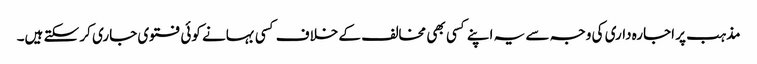
مذہب پر اجارہ داری کی وجہ سے یہ اپنے کسی بھی مخالف کے خلاف کسی بہانے کوئی فتوی جاری کر سکتے ہیں۔